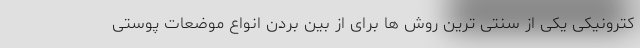
کترونیکی یکی از سنتی ترین روش ها برای از بین بردن انواع موضعات پوستی